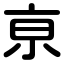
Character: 亰